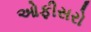
ઓફીસરો